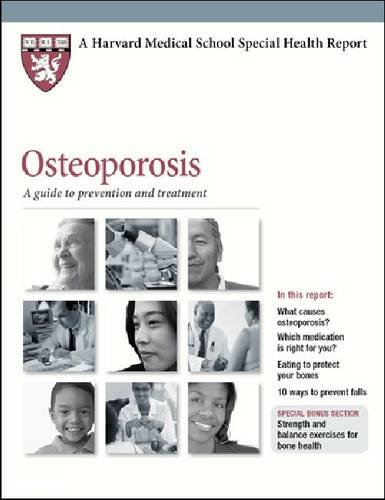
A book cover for Osteoporosis: A Guide to Prevention and Treatment (Harvard Medical School Special Health Reports); Health, Fitness & Dieting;